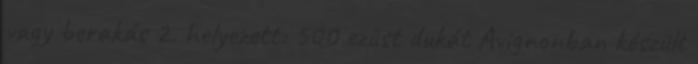
vagy berakás 2. helyezett: 500 ezüst dukát Avignonban készült